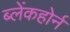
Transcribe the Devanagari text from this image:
ब्लेंकहोर्न